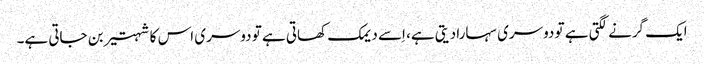
ایک گرنے لگتی ہے تو دوسری سہارا دیتی ہے، اِسے دیمک کھاتی ہے تو دوسری اس کا شہتیر بن جاتی ہے۔